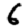
Digit: 6